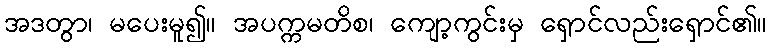
အဒတွာ၊ မပေးမူ၍။ အပက္ကမတိစ၊ ကျော့ကွင်းမှ ရှောင်လည်းရှောင်၏။